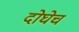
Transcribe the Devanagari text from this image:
दोघेच